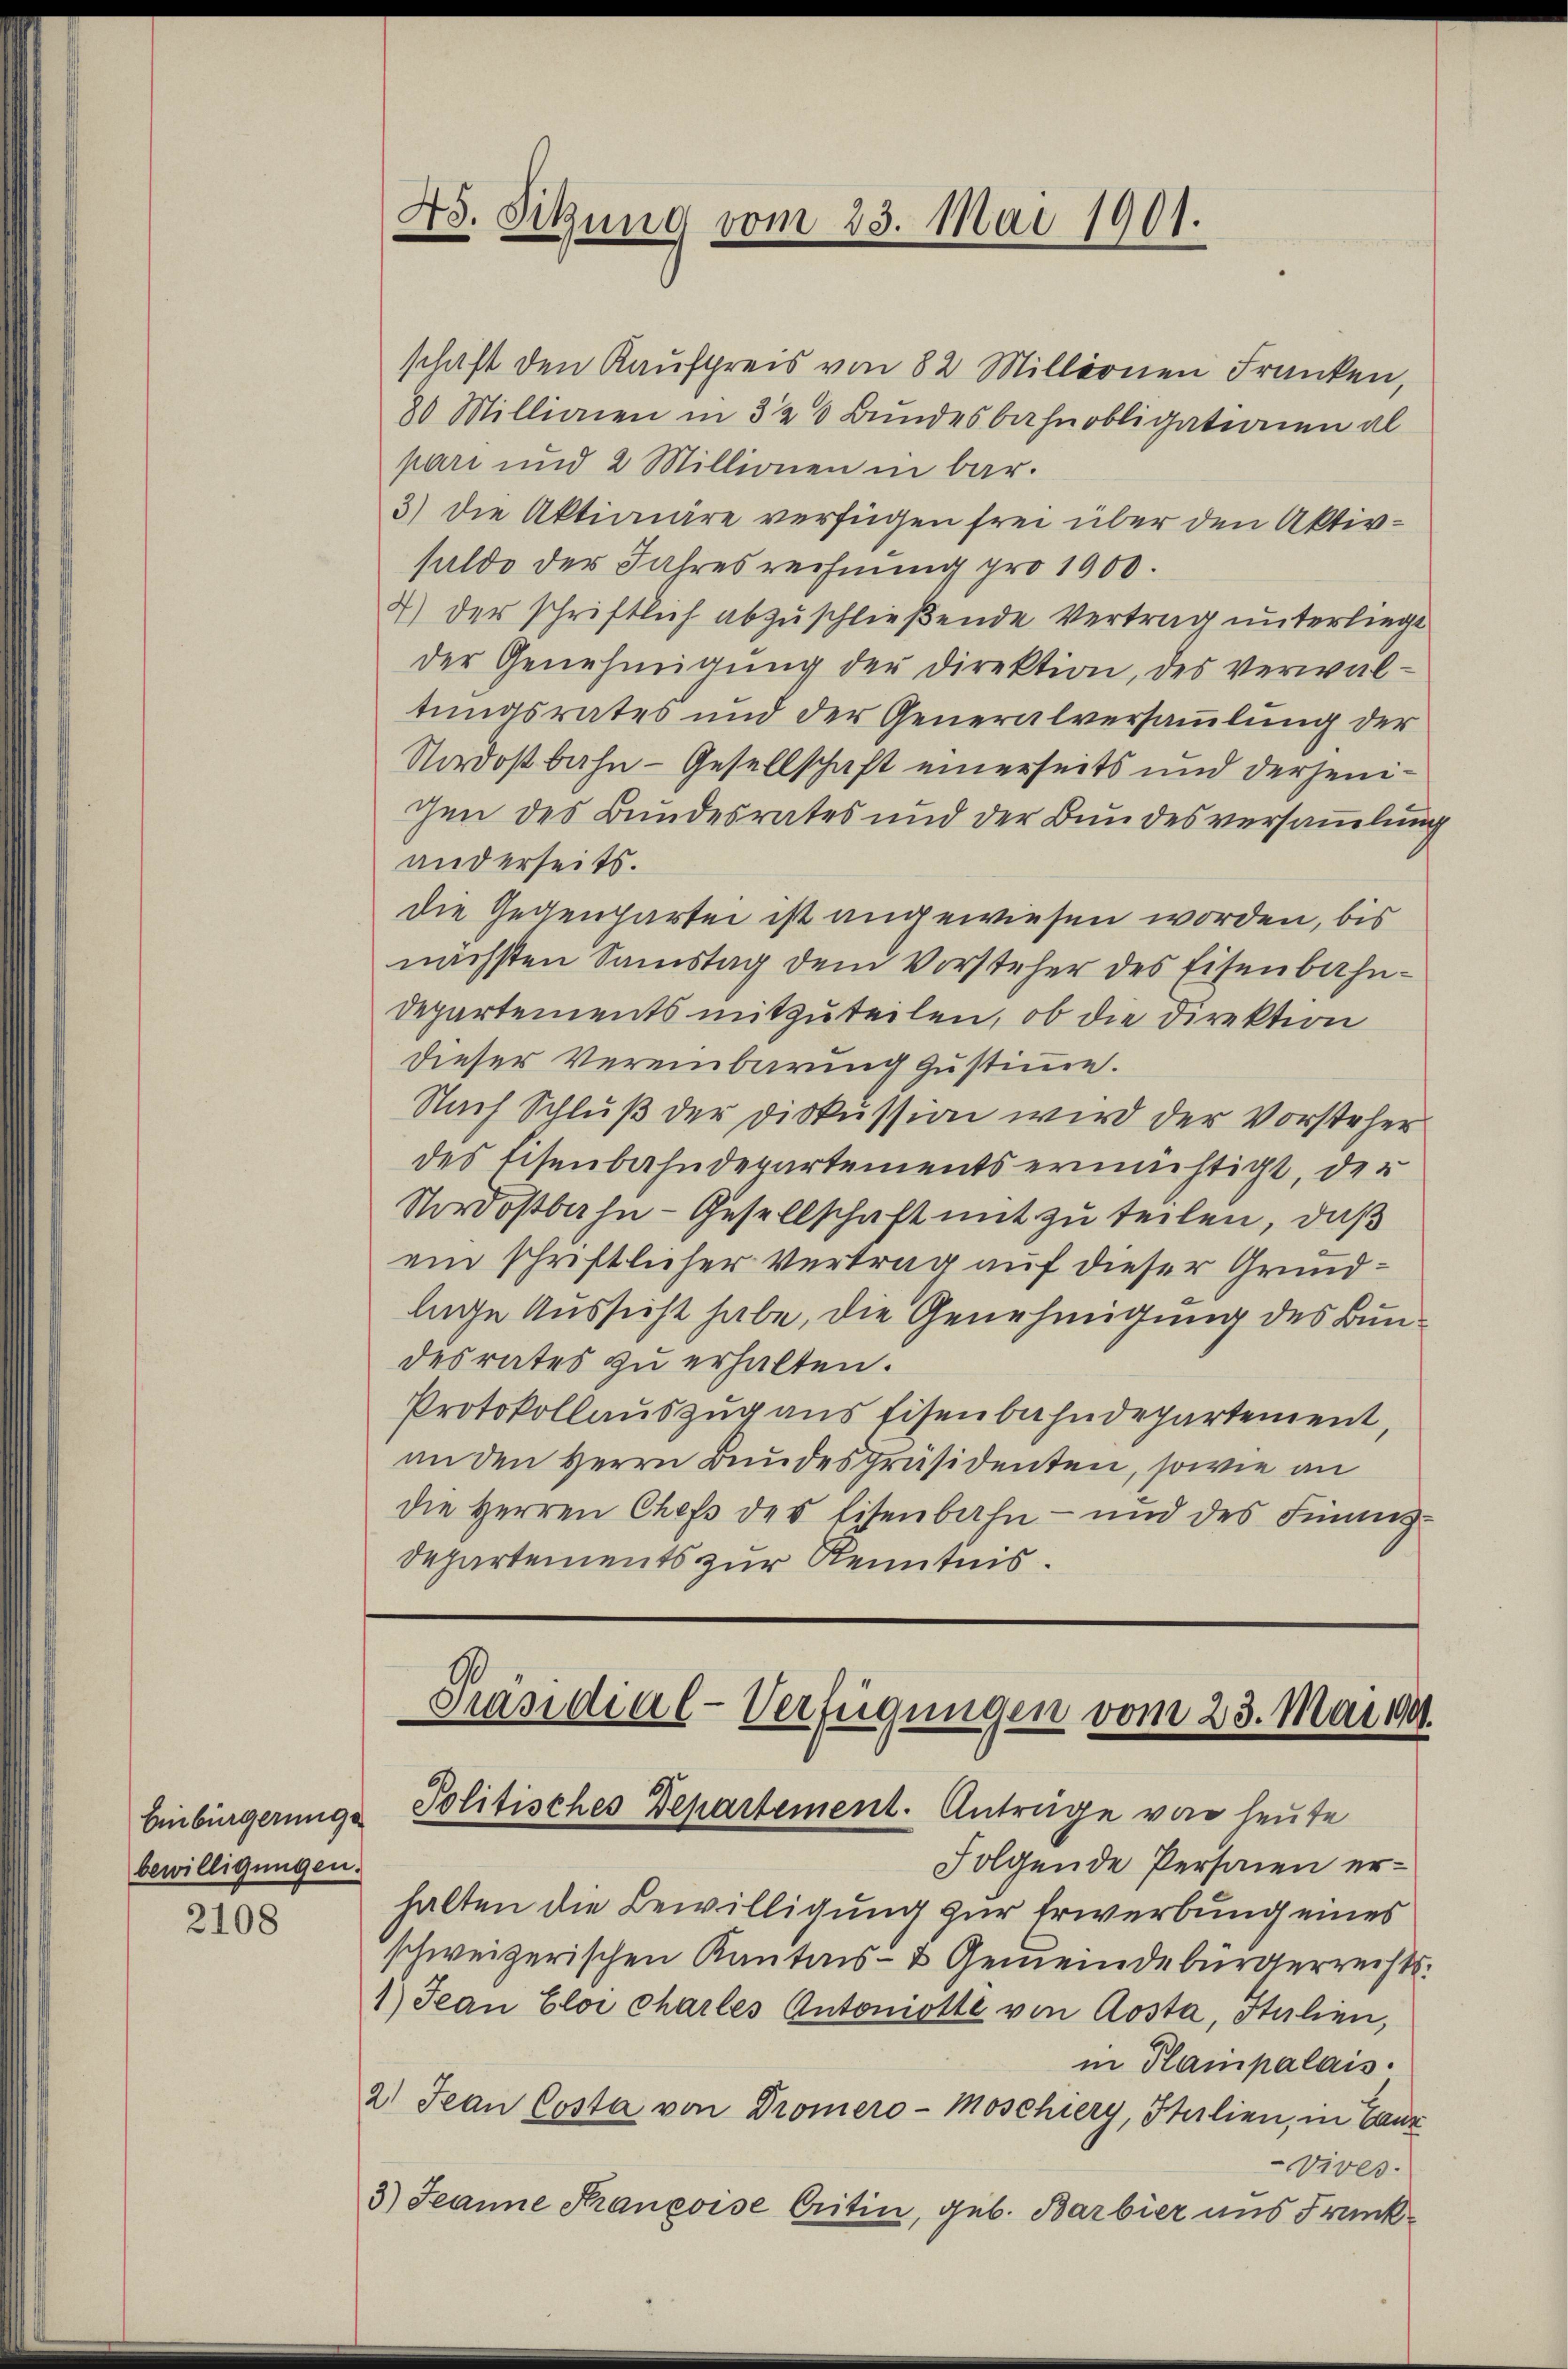
bewilligungen.

2108

48. Sitzung vom 23. Mai 1901.
.

schaft den Kaufpreis von 82 Millionen Franken,
80 Millionen in 320 Bundesbahnobligationen al
pari und 2 Millionen in bar.
3) Die Aktionare verfügen frei über den Aktivsulde der Jahresrechnung pro 1900.
4) der schriftlich abzuschließende Vertrag unterliegt
der Genehmigung der Direktion, des verwaltungsrates und der Generalversammlung der
Nordostbahn - Gesellschaft einerseits und derjenigen des Bundesrates und der Bundesversammlung
anderseits.
Die Gegenhartei ist angewiesen worden, bis
nächsten Samstag dem Vorsteher des Eisenbahn¬
Departements mitzuteilen, ob die Direktion
dieser Vereinbarung zustimme.
Nach Schluß der Diskussion wird der Vorsteher
des Eisenbahndepartements ermächtigt, der
Nordostbahn- Gesellschaft mit zu teilen, daß
ein schriftlicher Vertrag auf dieser Grundlage Aussicht habe, die Genehmigung des Bundesrates zu erhalten.
Protokollauszug aus Eisenbahndepartement,
an den Herrn Bundespräsidenten, sowie an
die Herren Chefs des Eisenbahn- und des Finanz¬
Departements zur Kenntnis.

Präsidial-Verfügungen vom 23. Mai 1941.
Einbürgerung Politisches Departement. Anträge von heute

Folgende Personen erhalten die Bewilligung zur Erwerbung eines
schweizerischen Kantons- & Gemeindebürgerreichts¬
1) Jean Eloi chartes Antoniotte von Aosta, Italien,
in Plampalais.
2) Jean Costa von Dromero-Moschiery, Hulien, in Canz¬
Vives.
3) Jeanne Krancoise Critin, geb. Barbier uns Frank¬